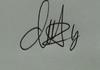
Signature authenticity: genuine